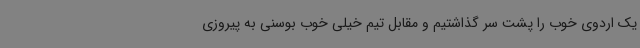
یک اردوی خوب را پشت سر گذاشتیم و مقابل تیم خیلی خوب بوسنی به پیروزی